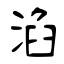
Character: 淊